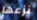
نزعها